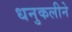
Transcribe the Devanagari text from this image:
धनुकलीने